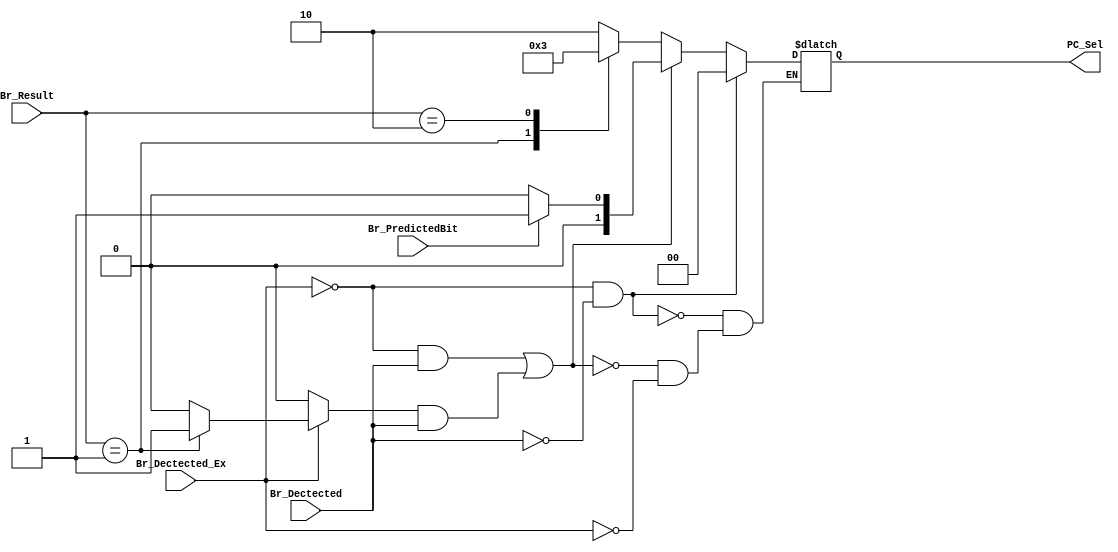
module PC_Control (
    Br_Result,
    Br_Dectected,
    Br_Dectected_Ex,
    Br_PredictedBit,
    PC_Sel
);
/****************** Decleration ******************/
    input [1:0] Br_Result;
    input Br_Dectected;
    input Br_Dectected_Ex;
    input Br_PredictedBit;
    output reg [1:0]PC_Sel;
    reg temp;

/****************** Always function ******************/  
    always @(*) begin
        temp = 1'b0;
        if (Br_Dectected_Ex) begin          //Predicted previous cycle
            case (Br_Result)
                2'b00: PC_Sel = 2'b10;      //PC_ALU
                2'b01: begin 
                        PC_Sel = 2'b00;      //Right Predicted => PC_New + 4\
                        temp = 1'b1;
                end
                2'b10: PC_Sel = 2'b11;      //PC_old + 4
                2'b11: PC_Sel = 2'b10;      //PC_ALU
            endcase
        end 
        if((!Br_Dectected_Ex & Br_Dectected == 1'b1) | (temp == 1'b1 & Br_Dectected)) begin     //Predicted current cycle
            if (Br_PredictedBit == 1'b1) begin
                PC_Sel = 2'b01;             //PC_Predicted
            end else begin
                PC_Sel = 2'b00;             //PC_New + 4
            end     
        end 
        if(!Br_Dectected_Ex & !Br_Dectected) begin                      //Branch not dectected
            PC_Sel = 2'b00;                 //PC_New + 4
        end
    end
endmodule